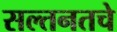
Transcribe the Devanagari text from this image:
सल्तनतचे